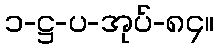
၁-ဋ္ဌ-ပ-အုပ်-၈၄။